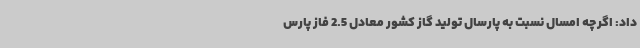
داد: اگرچه امسال نسبت به پارسال تولید گاز کشور معادل 2.5 فاز پارس